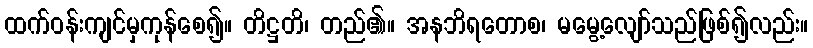
ထက်ဝန်းကျင်မှကုန်စေ၍။ တိဋ္ဌတိ၊ တည်၏။ အနဘိရတောစ၊ မမွေ့လျော်သည်ဖြစ်၍လည်း။